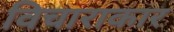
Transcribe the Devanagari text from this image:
विचाराकार